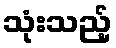
သုံးသည့်